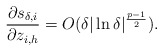
\begin{align*}\frac{\partial s_{\delta,i}}{\partial z_{i,h}}=O(\delta|\ln\delta|^{\frac{p-1}{2}}).\end{align*}